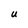
Character: U